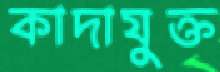
কাদাযুক্ত